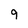
Character: 9